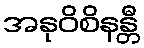
အနုဝိစိနန္တီ